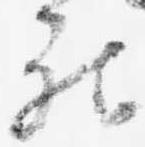
被